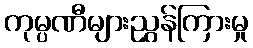
ကုမ္ပဏီများညွှန်ကြားမှု